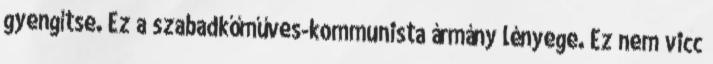
gyengítse. Ez a szabad­kő­műves-kommunista ármány lényege. Ez nem vicc